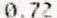
0.72